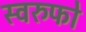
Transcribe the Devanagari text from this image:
स्वरुफो